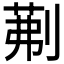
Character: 𭃾